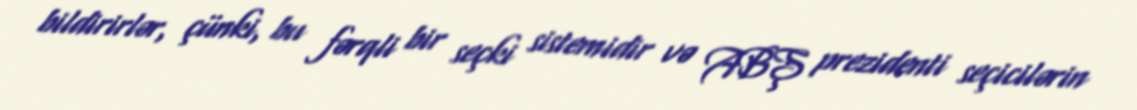
bildirirlər, çünki, bu fərqli bir seçki sistemidir və ABŞ prezidenti seçicilərin